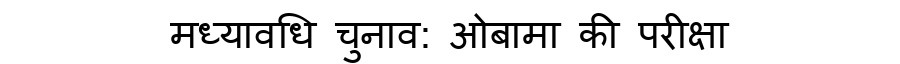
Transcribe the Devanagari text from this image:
मध्यावधि चुनाव: ओबामा की परीक्षा